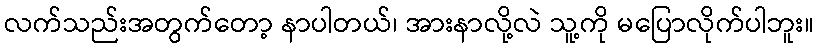
လက်သည်းအတွက်တော့ နာပါတယ်၊ အားနာလို့လဲ သူ့ကို မပြောလိုက်ပါဘူး။